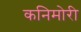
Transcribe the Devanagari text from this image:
कनिमोरी